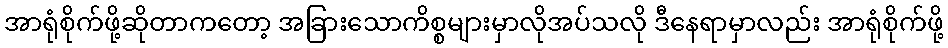
အာရုံစိုက်ဖို့ဆိုတာကတော့ အခြားသောကိစ္စများမှာလိုအပ်သလို ဒီနေရာမှာလည်း အာရုံစိုက်ဖို့